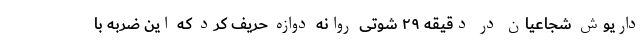
داریوش شجاعیان در دقیقه ۲۹ شوتی روانه دوازه حریف کرد که این ضربه با